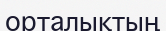
орталықтың